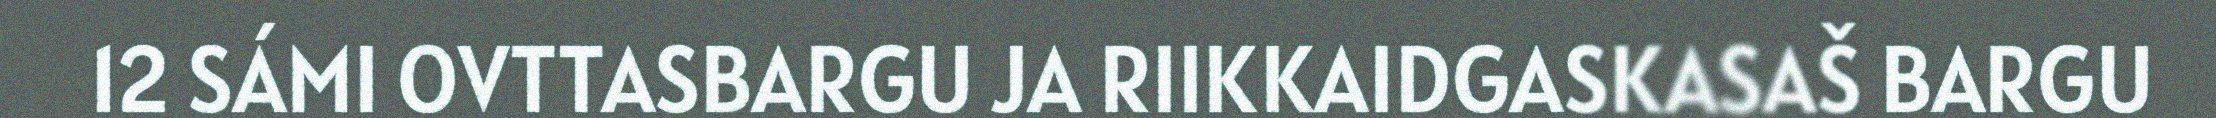
12 SÁMI OVTTASBARGU JA RIIKKAIDGASKASAŠ BARGU